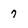
Character: 7